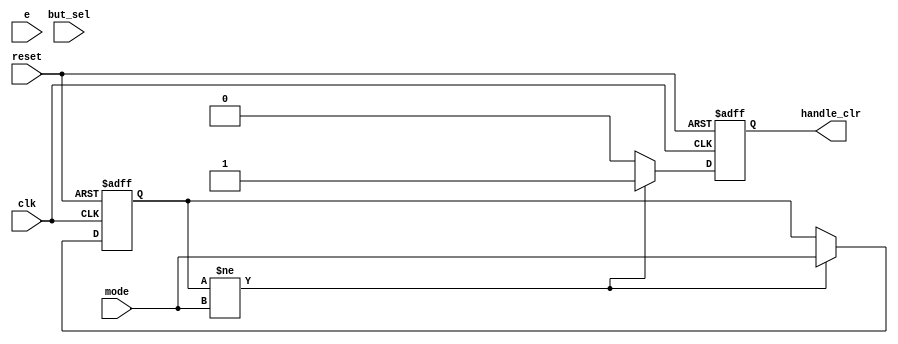
//notes:	controller for the card_handler
module card_control(
	input clk, reset, e, but_sel,
	input [2:0] mode,
	output reg handle_clr
	);

	parameter START = 1, ACTION = 2, ACTIONEND = 3, BUY = 4, DRAW = 5, ENDGAME  = 6;

	reg [2:0] prev_mode;

	task res; begin
		handle_clr <= 1;
		prev_mode <= 0;
	end endtask

	initial begin
		res;
	end

	always @(posedge clk, negedge reset) begin
		if (reset == 0) begin
			res;
		end
		else begin
			if(prev_mode != mode) begin //reset when mode changes
				handle_clr <= 1;
				prev_mode <= mode;
			end
			else begin
				handle_clr <= 0; 
			end
		end//if e then dont mess with anything
	end
	
endmodule